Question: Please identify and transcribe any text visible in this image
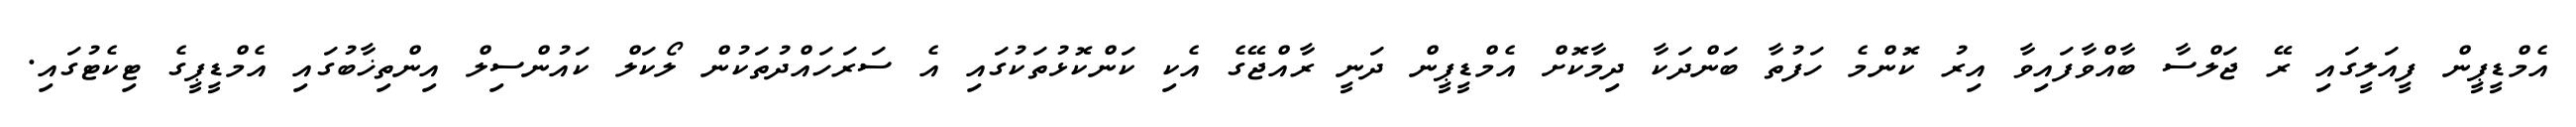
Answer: އެމްޑީޕީން ފީއަލީގައި ރޭ ޖަލްސާ ބާއްވާފައިވާ އިރު ކޮންމެ ހަފުތާ ބަންދަކާ ދިމާކޮށް އެމްޑީޕީން ދަނީ ރާއްޖޭގެ އެކި ކަންކޮޅުތަކުގައި އެ ސަރަހައްދުތަކުން ލޯކަލް ކައުންސިލް އިންތިޚާބުގައި އެމްޑީޕީގެ ޓިކެޓުގައި.